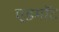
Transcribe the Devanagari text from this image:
एडमॉट